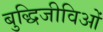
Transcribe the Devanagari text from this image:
बुद्धिजीविओं